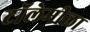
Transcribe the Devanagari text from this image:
टॉलेमीला